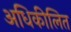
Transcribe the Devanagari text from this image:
अधिकीलित